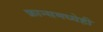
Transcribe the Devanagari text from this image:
फ्रान्समध्येही